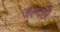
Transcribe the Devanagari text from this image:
जल्दही